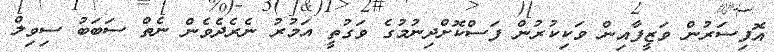
އޮފިސަރުން ވަޒީފާއިން ވަކިކުރުން ފަސްކޮށްދިނުމުގެ ވަގުތީ އަމުރު ނެރެދެވެން ނެތް ސަބަބު ސިވިލް